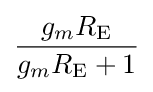
{g_{m}R_{\text{E}} \over g_{m}R_{\text{E}}+1}